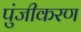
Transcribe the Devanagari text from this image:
पुंजीकरण